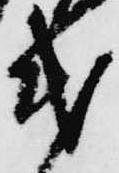
第